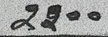
2200